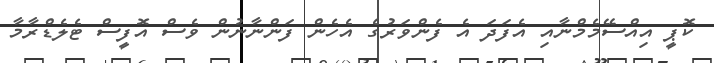
ކޮޕީ އިއްސޭމެމްނާއި އެފަދަ އެ ފެންވަރުގެ އެހެން ފަންނާނުން ވެސް އޮފީސް ޓެލެޑްރާމާ